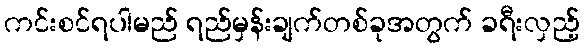
ကင်းစင်ရပါမည် ရည်မှန်းချက်တစ်ခုအတွက် ခရီးလှည့်